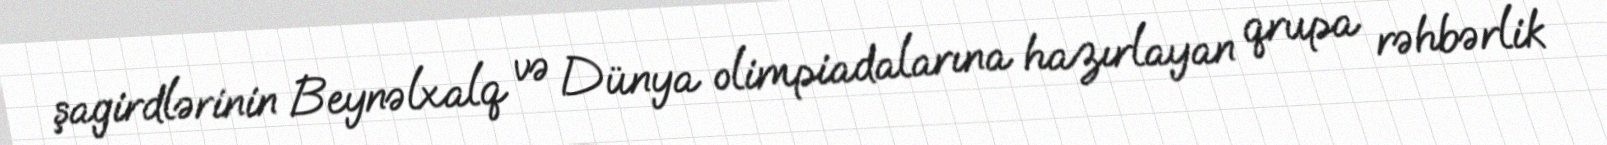
şagirdlərinin Beynəlxalq və Dünya olimpiadalarına hazırlayan qrupa rəhbərlik